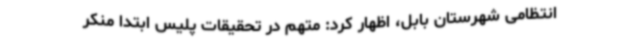
انتظامی شهرستان بابل، اظهار کرد: متهم در تحقیقات پلیس ابتدا منکر